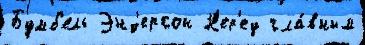
Бумб'ель Энд'ерсон Н'ер'еу гла́вным